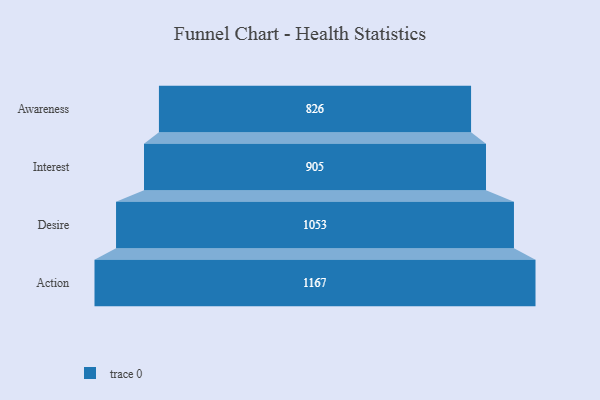
{"axis": {"x": "Stage", "y": "Value"}, "legend": [""], "data": [{"x": "Awareness", "y": 826.0, "type": ""}, {"x": "Interest", "y": 905.0, "type": ""}, {"x": "Desire", "y": 1053.0, "type": ""}, {"x": "Action", "y": 1167.0, "type": ""}]}